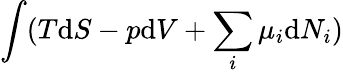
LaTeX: \int(T{\mathrm{d}}S-p{\mathrm{d}}V+\sum_{i}\mu_{i}{\mathrm{d}}N_{i})